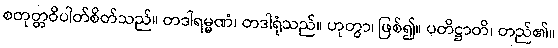
စတုတ္တဝိပါတ်စိတ်သည်။ တဒါရမ္မဏံ၊ တဒါရုံသည်။ ဟုတွာ၊ ဖြစ်၍။ ပတိဋ္ဌာတိ၊ တည်၏။